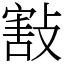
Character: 㪡